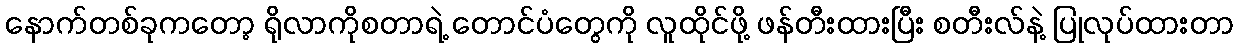
နောက်တစ်ခုကတော့ ရိုလာကိုစတာရဲ့ တောင်ပံတွေကို လူထိုင်ဖို့ ဖန်တီးထားပြီး စတီးလ်နဲ့ ပြုလုပ်ထားတာ